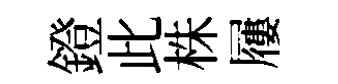
鐙此株屨